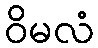
ဝိမလံ